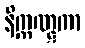
နိက္ကဏ္ဋကာ